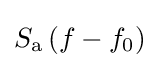
S_{\mathrm {a} }\left(f-f_{0}\right)